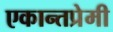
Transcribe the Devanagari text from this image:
एकान्तप्रेमी